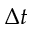
\Delta t